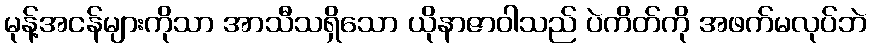
မုန့်အငန်များကိုသာ အာသီသရှိသော ယိုနာဇာဝါသည် ပဲကိတ်ကို အဖက်မလုပ်ဘဲ